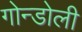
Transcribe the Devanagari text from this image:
गोन्डोली